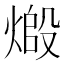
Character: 𬊷